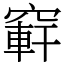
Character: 䆭